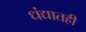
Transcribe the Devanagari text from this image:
धंद्यातही